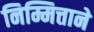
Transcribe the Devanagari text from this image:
निम्मित्ताने